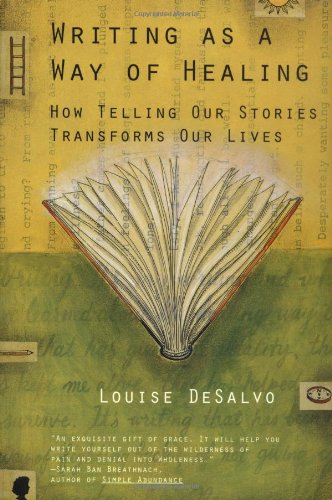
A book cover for Writing as a Way of Healing: How Telling Our Stories Transforms Our Lives; Louise Desalvo; Self-Help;